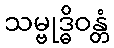
သမ္ဗုဒ္ဓိဝန္တံ